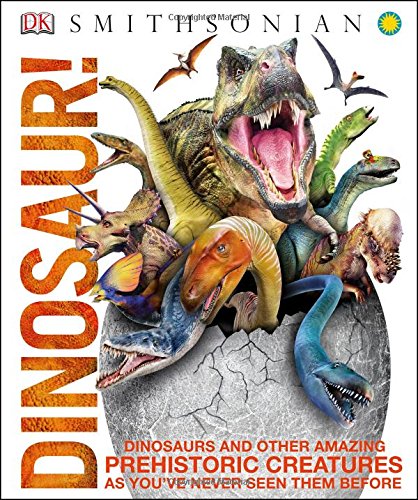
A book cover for Dinosaur!; DK; Children's Books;